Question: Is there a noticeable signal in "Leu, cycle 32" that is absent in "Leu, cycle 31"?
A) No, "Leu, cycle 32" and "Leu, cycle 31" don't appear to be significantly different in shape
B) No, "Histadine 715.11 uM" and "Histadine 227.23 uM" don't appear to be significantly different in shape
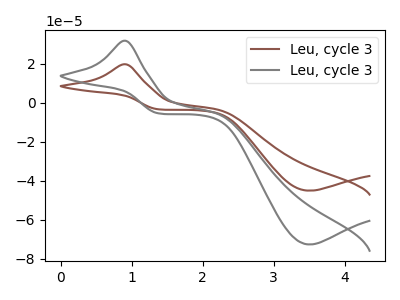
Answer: <think>The brown curve "Leu, cycle 31" has an anodic peak at (0.90V, 19.70uA) and a cathodic peak at (3.50V, -45.05uA). The gray curve "Leu, cycle 32" has an anodic peak at (0.90V, 31.75uA) and a cathodic peak at (3.50V, -72.55uA).
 All the peaks in "Leu, cycle 32" have a peak in "Leu, cycle 31" at the same potential. Every peak in "Leu, cycle 32" is higher than every peak in "Leu, cycle 31".</think>
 <answer>A) No, "Leu, cycle 32" and "Leu, cycle 31" don't appear to be significantly different in shape</answer>
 <eval>A</eval>